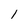
Character: l